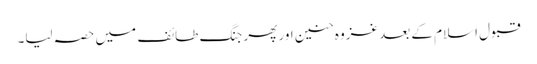
قبول اسلام کے بعد غزوہ حنین اور پھر جنگ طائف میں حصہ لیا۔